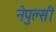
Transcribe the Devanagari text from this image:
नेपुल्सी